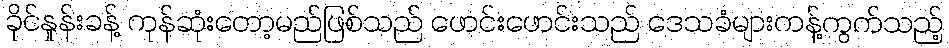
ခိုင်နှုန်းခန့် ကုန်ဆုံးတော့မည်ဖြစ်သည် ဖောင်းဖောင်းသည် ဒေသခံများကန့်ကွက်သည့်